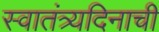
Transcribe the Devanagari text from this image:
स्वातंत्र्यदिनाची